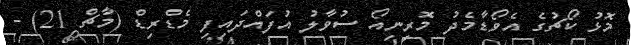
މޮޅު ކޯޗުގެ އެވޯޑާމެދު މޮރީނިއޯ ސުވާލު އުފައްދައިފި މެޑްރިޑް (މާޗް 21) -